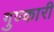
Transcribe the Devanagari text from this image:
गुण्कारी